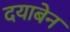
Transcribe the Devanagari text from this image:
दयाबेन